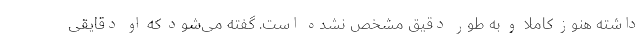
داشته هنوز کاملا و به طور دقیق مشخص نشده است. گفته می‌شود که او دقایقی